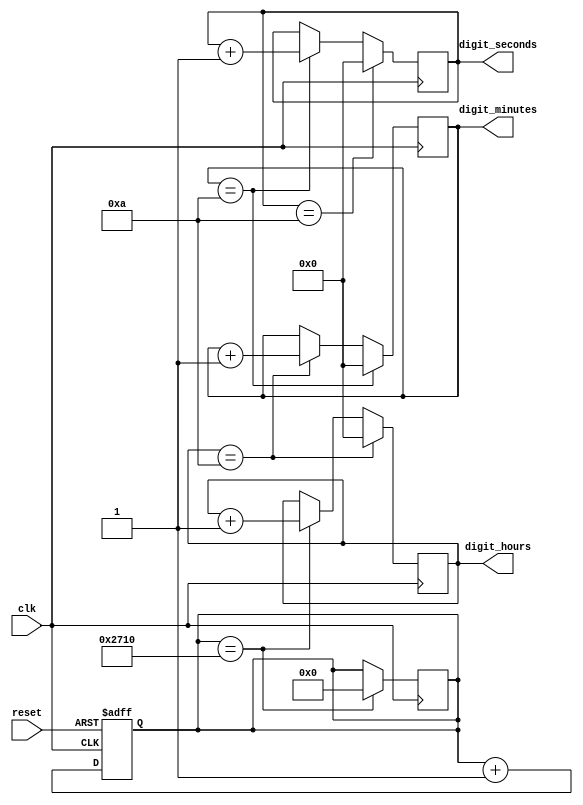
module binary_clock_divider(
    input wire clk,
    input wire reset,
    output reg [3:0] digit_hours,
    output reg [3:0] digit_minutes,
    output reg [3:0] digit_seconds
);

reg [19:0] time_count;

always @(posedge clk or posedge reset) begin
    if (reset) begin
        time_count <= 20'b0;
    end else begin
        time_count <= time_count + 1;
    end
end

always @(posedge clk) begin
    if (time_count == 10000) begin
        digit_hours <= digit_hours + 1;
        time_count <= 20'b0;
    end
    if (digit_hours == 10) begin
        digit_hours <= 0;
        digit_minutes <= digit_minutes + 1;
    end
    if (digit_minutes == 10) begin
        digit_minutes <= 0;
        digit_seconds <= digit_seconds + 1;
    end
    if (digit_seconds == 10) begin
        digit_seconds <= 0;
    end
end

endmodule